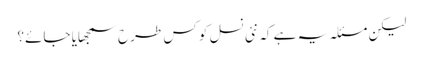
لیکن مسئلہ یہ ہے کہ نئی نسل کو کس طرح سمجھایا جائے؟